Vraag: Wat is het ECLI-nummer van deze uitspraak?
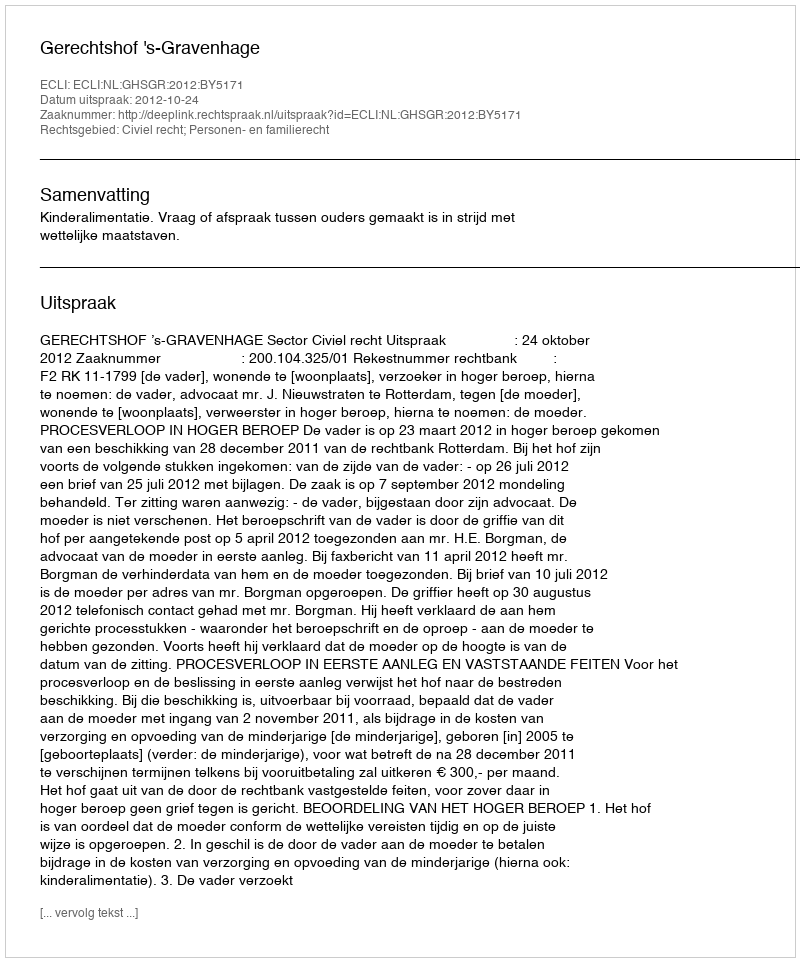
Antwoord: ECLI:NL:GHSGR:2012:BY5171